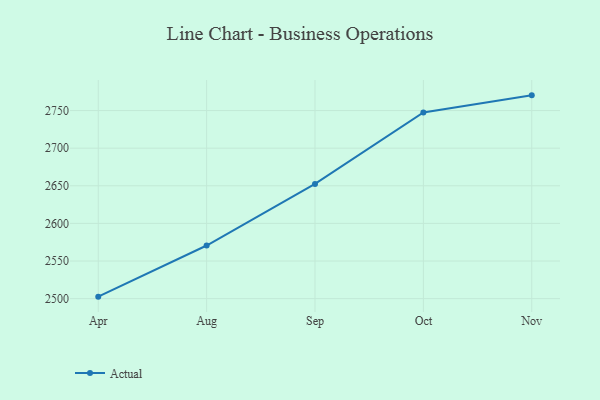
{"axis": {"x": "Month", "y": "Budget (USD K)"}, "legend": ["Actual"], "data": [{"x": "Apr", "y": 2502.6, "type": "Actual"}, {"x": "Aug", "y": 2570.6, "type": "Actual"}, {"x": "Sep", "y": 2652.5, "type": "Actual"}, {"x": "Oct", "y": 2747.5, "type": "Actual"}, {"x": "Nov", "y": 2770.2, "type": "Actual"}]}